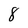
Character: 8